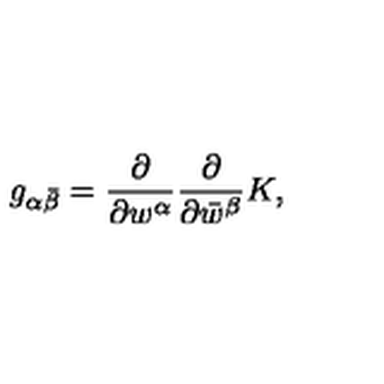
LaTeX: g _ { \alpha \bar { \beta } } = { \frac { \partial } { \partial w ^ { \alpha } } } { \frac { \partial } { \partial \bar { w } ^ { \beta } } } K ,